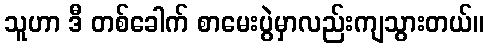
သူဟာ ဒီ တစ်ခေါက် စာမေးပွဲမှာလည်းကျသွားတယ်။